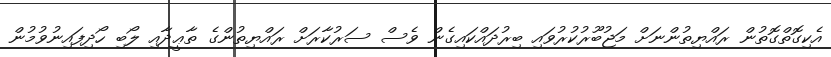
އެކިގޮތްގޮތުން ރައްޔިތުންނަށް މަޖުބޫރުކުރުވައި ބިރުދައްކައިގެން ވެސް ސަރުކާރަށް ރައްޔިތުންގެ ތާޢީދާއި ލޯބި ހޯދިފައިނުވުމުން